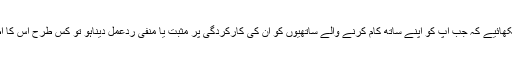
اسے یہ بھی سکھائیے کہ جب آپ کو اپنے ساتھ کام کرنے والے ساتھیوں کو ان کی کارکردگی پر مثبت یا منفی ردعمل دیناہو تو کس طرح اس کا اظہار کرنا ہے۔